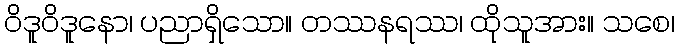
ဝိဒူဝိဒူနော၊ ပညာရှိသော။ တဿနရဿ၊ ထိုသူအား။ သစေ၊